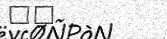
١٧